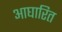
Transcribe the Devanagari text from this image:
आघारित